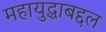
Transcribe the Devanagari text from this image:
महायुद्धाबद्दल